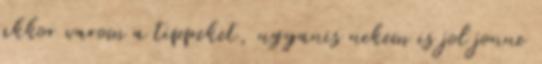
akkor varom a tippeket, ugyanis nekem is jol jonne